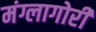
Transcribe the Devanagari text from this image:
मंग्लागोरी